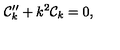
{ \cal C } _ { k } ^ { \prime \prime } + k ^ { 2 } { \cal C } _ { k } = 0 ,